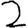
Digit: 2